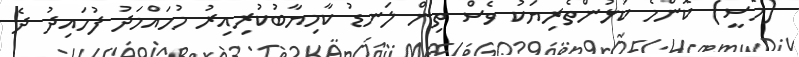
(މެސީ) ކޮންމެ ކުޅުންތެރިޔަކު ވެސް ތިން ލަނޑު ކާމިޔާބުކުރިއިރު މުހައްމަދު ފުހައިދު ދެ